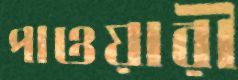
পাওয়ারী